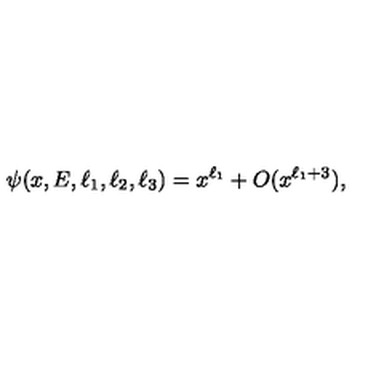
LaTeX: \psi ( x , E , \ell _ { 1 } , \ell _ { 2 } , \ell _ { 3 } ) = x ^ { \ell _ { 1 } } + O ( x ^ { \ell _ { 1 } + 3 } ) ,